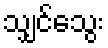
သျှင်သွေး